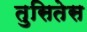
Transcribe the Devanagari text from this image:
तुसितेस